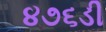
૪૭૬ડી